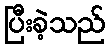
ပြီးခဲ့သည်